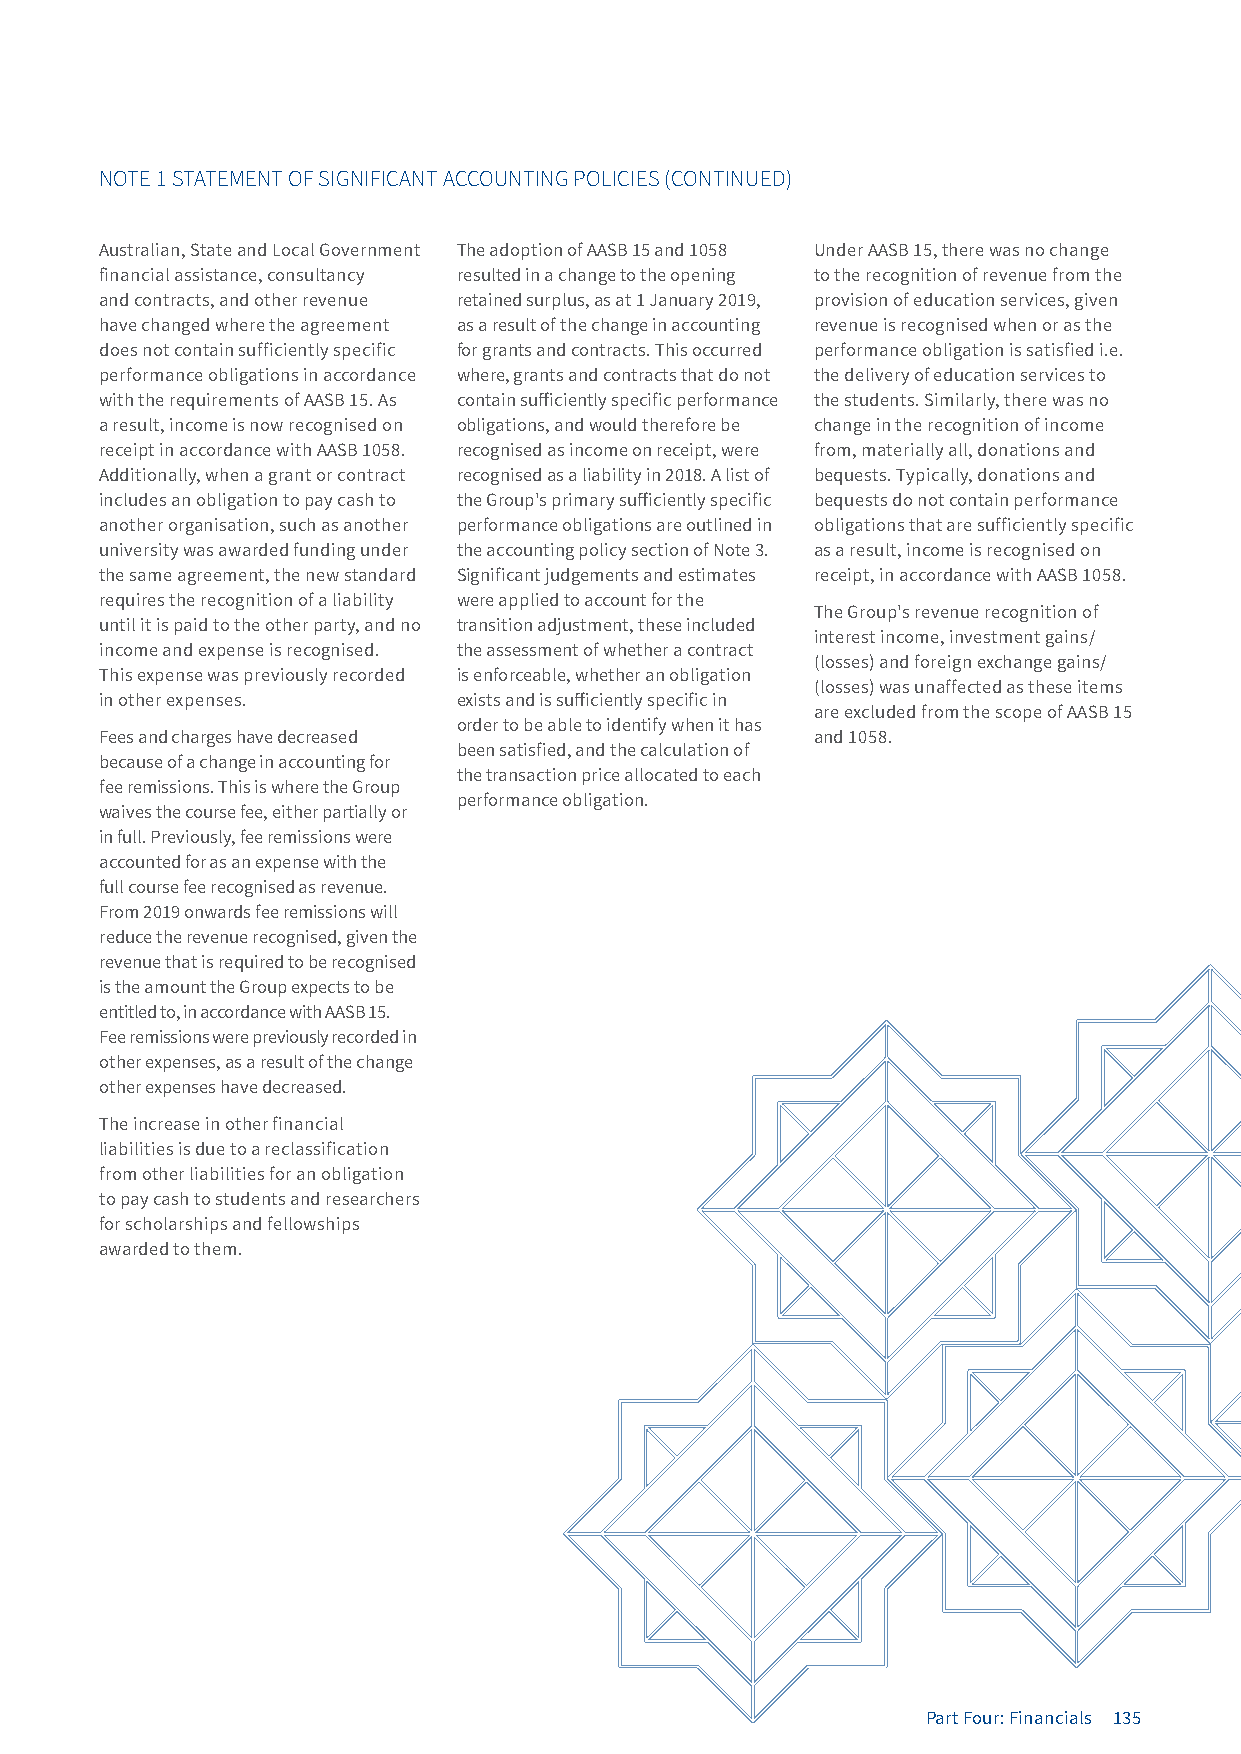
NOTE 1 STATEMENT OF SIGNIFICANT ACCOUNTING POLICIES (CONTINUED)
 Australian, State and Local Government The adoption of AASB 15 and 1058 Under AASB 15, there was no change
 financial assistance, consultancy resulted in a change to the opening to the recognition of revenue from the
 and contracts, and other revenue retained surplus, as at 1 January 2019, provision of education services, given
 have changed where the agreement as a result of the change in accounting revenue is recognised when or as the
 does not contain sufficiently specific for grants and contracts. This occurred performance obligation is satisfied i.e.
 performance obligations in accordance where, grants and contracts that do not the delivery of education services to
 with the requirements of AASB 15. As contain sufficiently specific performance the students. Similarly, there was no
 a result, income is now recognised on obligations, and would therefore be change in the recognition of income
 receipt in accordance with AASB 1058. recognised as income on receipt, were from, materially all, donations and
 Additionally, when a grant or contract recognised as a liability in 2018. A list of bequests. Typically, donations and
 includes an obligation to pay cash to the Group's primary sufficiently specific bequests do not contain performance
 another organisation, such as another performance obligations are outlined in obligations that are sufficiently specific
 university was awarded funding under the accounting policy section of Note 3. as a result, income is recognised on
 the same agreement, the new standard Significant judgements and estimates receipt, in accordance with AASB 1058.
 requires the recognition of a liability were applied to account for the
 The Group's revenue recognition of
 until it is paid to the other party, and no transition adjustment, these included
 interest income, investment gains/
 income and expense is recognised. the assessment of whether a contract
 (losses) and foreign exchange gains/
 This expense was previously recorded is enforceable, whether an obligation
 (losses) was unaffected as these items
 in other expenses.     exists and is sufficiently specific in
 are excluded from the scope of AASB 15
 order to be able to identify when it has
 Fees and charges have decreased                and 1058.
 been satisfied, and the calculation of
 because of a change in accounting for
 the transaction price allocated to each
 fee remissions. This is where the Group
 performance obligation.
 waives the course fee, either partially or
 in full. Previously, fee remissions were
 accounted for as an expense with the
 full course fee recognised as revenue.
 From 2019 onwards fee remissions will
 reduce the revenue recognised, given the
 revenue that is required to be recognised
 is the amount the Group expects to be
 entitled to, in accordance with AASB 15.
 Fee remissions were previously recorded in
 other expenses, as a result of the change
 other expenses have decreased.
 The increase in other financial
 liabilities is due to a reclassification
 from other liabilities for an obligation
 to pay cash to students and researchers
 for scholarships and fellowships
 awarded to them.
 Part Four: Financials 135